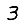
Digit: 3